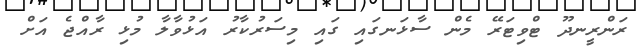
ރަންރީނދޫ ޓްވިޓަރޭ މެން ސާޅަނގައި ގައި މިސަރުކާރު އަޅުވާލާ މުޅި ރާއްޖެ އަށް